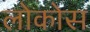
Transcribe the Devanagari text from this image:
लोकोस